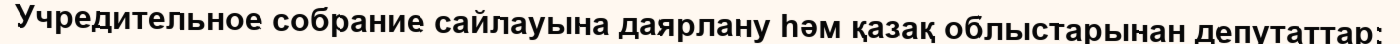
Учредительное собрание сайлауына даярлану һәм қазақ облыстарынан депутаттар;